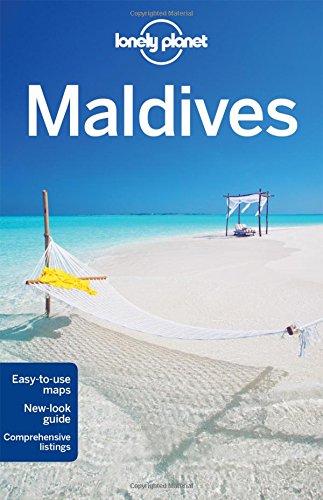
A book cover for Lonely Planet Maldives (Travel Guide); Lonely Planet; Sports & Outdoors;